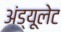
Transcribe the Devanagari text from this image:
अंड्यूलेट